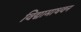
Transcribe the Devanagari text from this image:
विद्यामाधवन